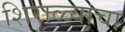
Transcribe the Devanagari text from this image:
शिराळ्याचा